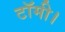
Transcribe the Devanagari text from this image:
टॉमी।